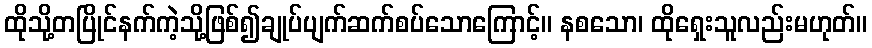
ထိုသို့တပြိုင်နက်ကဲ့သို့ဖြစ်၍ချုပ်ပျက်ဆက်စပ်သောကြောင့်။ နစသော၊ ထိုရှေးသူလည်းမဟုတ်။